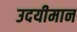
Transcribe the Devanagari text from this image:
उदयीमान